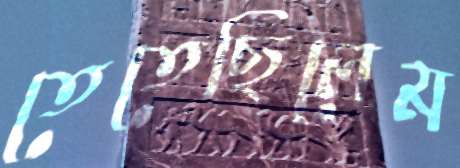
তেতেছিলেম